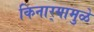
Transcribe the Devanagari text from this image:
किनार्‍यामुळे